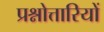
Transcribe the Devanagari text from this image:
प्रश्नोत्तारियों